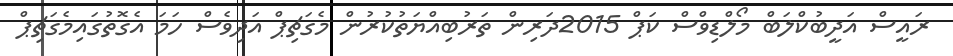
ރައީސް އަދީބުކްލަބް މޯލްޑިވްސް ކަޕް 2015ދަރިން ތަރުބިއްޔަތުކުރުން މެގަޗިޕް އަދިވެސް ހަމަ އެގޮތުގައިމެގަޗިޕް